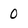
Character: 0